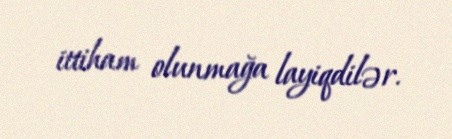
ittiham olunmağa layiqdilər.